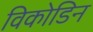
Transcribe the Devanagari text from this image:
विकोडिन